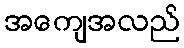
အကျေအလည်